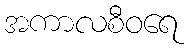
အကာလစီဝရေ